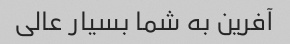
آفرین به شما بسیار عالی